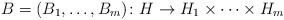
LaTeX: \begin{align*} B = (B_1, \ldots, B_m) \colon H \to H_1 \times \cdots \times H_m\end{align*}